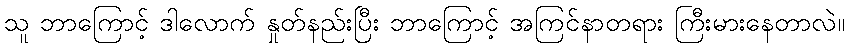
သူ ဘာကြောင့် ဒါလောက် နှုတ်နည်းပြီး ဘာကြောင့် အကြင်နာတရား ကြီးမားနေတာလဲ။